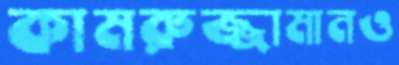
কামরুজ্জামানও